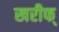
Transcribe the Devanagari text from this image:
खरीफ्